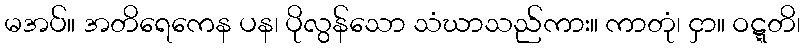
မအပ်။ အတိရေကေန ပန၊ ပိုလွန်သော သံဃာသည်ကား။ ကာတုံ၊ ငှာ။ ဝဋ္ဋတိ၊